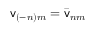
\mathsf { v } _ { ( - n ) m } = \bar { \mathsf { v } } _ { n m }